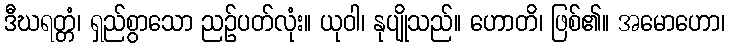
ဒီဃရတ္တံ၊ ရှည်စွာသော ညဉ်ပတ်လုံး။ ယုဝါ၊ နုပျိုသည်။ ဟောတိ၊ ဖြစ်၏။ အမောဟော၊